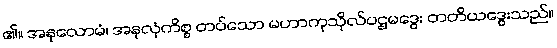
၏။ အနုလောမံ၊ အနုလုံကိစ္စ တပ်သော မဟာကုသိုလ်ပဌမဒွေး တတိယဒွေးသည်။